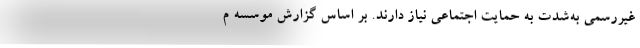
غیررسمی به‌شدت به حمایت اجتماعی نیاز دارند. بر اساس گزارش موسسه م